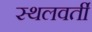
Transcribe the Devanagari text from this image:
स्थलवर्ती